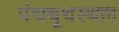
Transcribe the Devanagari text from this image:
पंचबूथस्थल